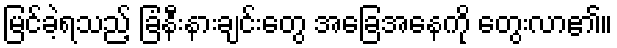
မြင်ခဲ့ရသည့် ခြံနီးနားချင်းတွေ အခြေအနေကို တွေးလာ၏။